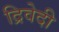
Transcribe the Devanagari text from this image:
द्रिवेदी